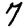
Digit: 7